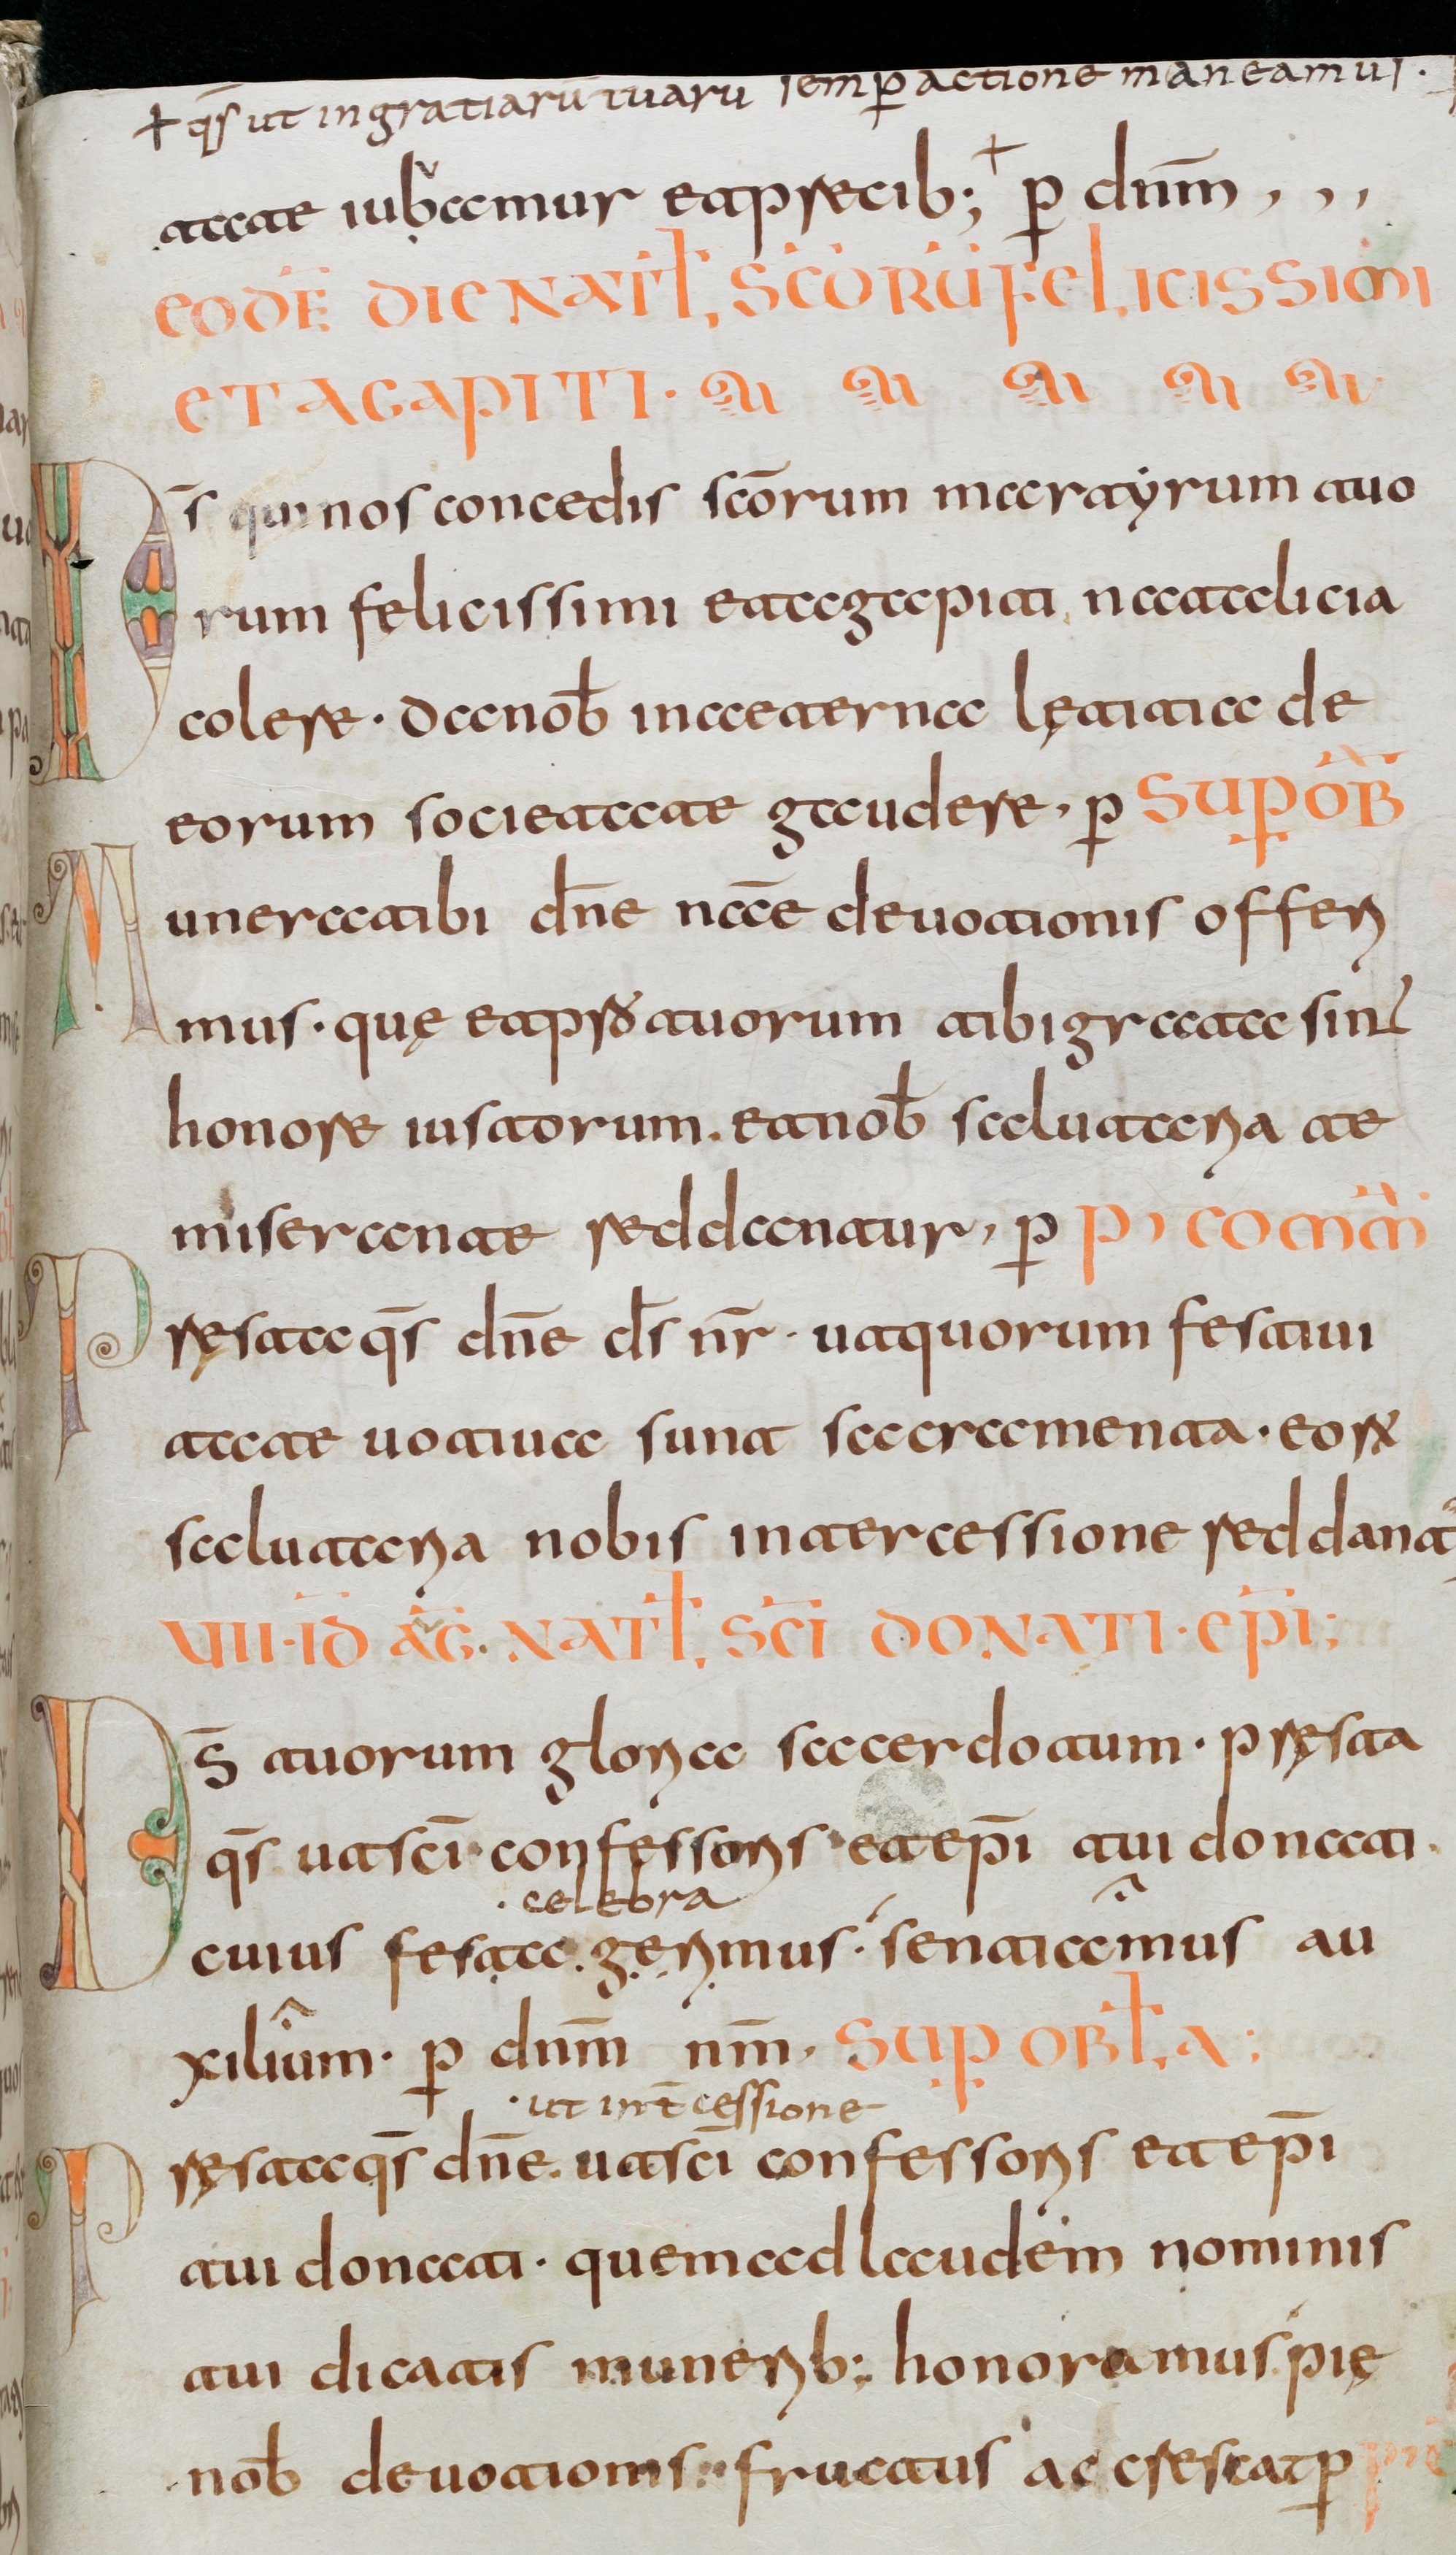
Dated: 800–830